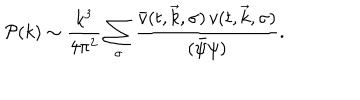
\mathcal { P } ( k ) \sim \frac { k ^ { 3 } } { 4 \pi ^ { 2 } } \sum _ { \sigma } \frac { \bar { v } ( t , \vec { k } , \sigma ) \, v ( t , \vec { k } , \sigma ) } { ( \bar { \psi } \psi ) } .